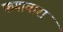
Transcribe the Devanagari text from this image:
फगावारा